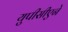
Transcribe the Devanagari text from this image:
युपीसीएने